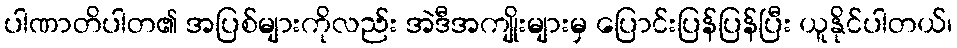
ပါဏာတိပါတ၏ အပြစ်များကိုလည်း အဲဒီအကျိုးများမှ ပြောင်းပြန်ပြန်ပြီး ယူနိုင်ပါတယ်၊